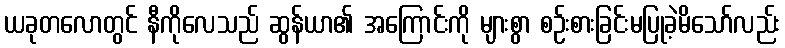
ယခုတလောတွင် နီကိုလေသည် ဆွန်ယာ၏ အကြောင်းကို များစွာ စဉ်းစားခြင်းမပြုခဲ့မိသော်လည်း